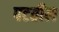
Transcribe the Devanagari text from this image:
पटतील